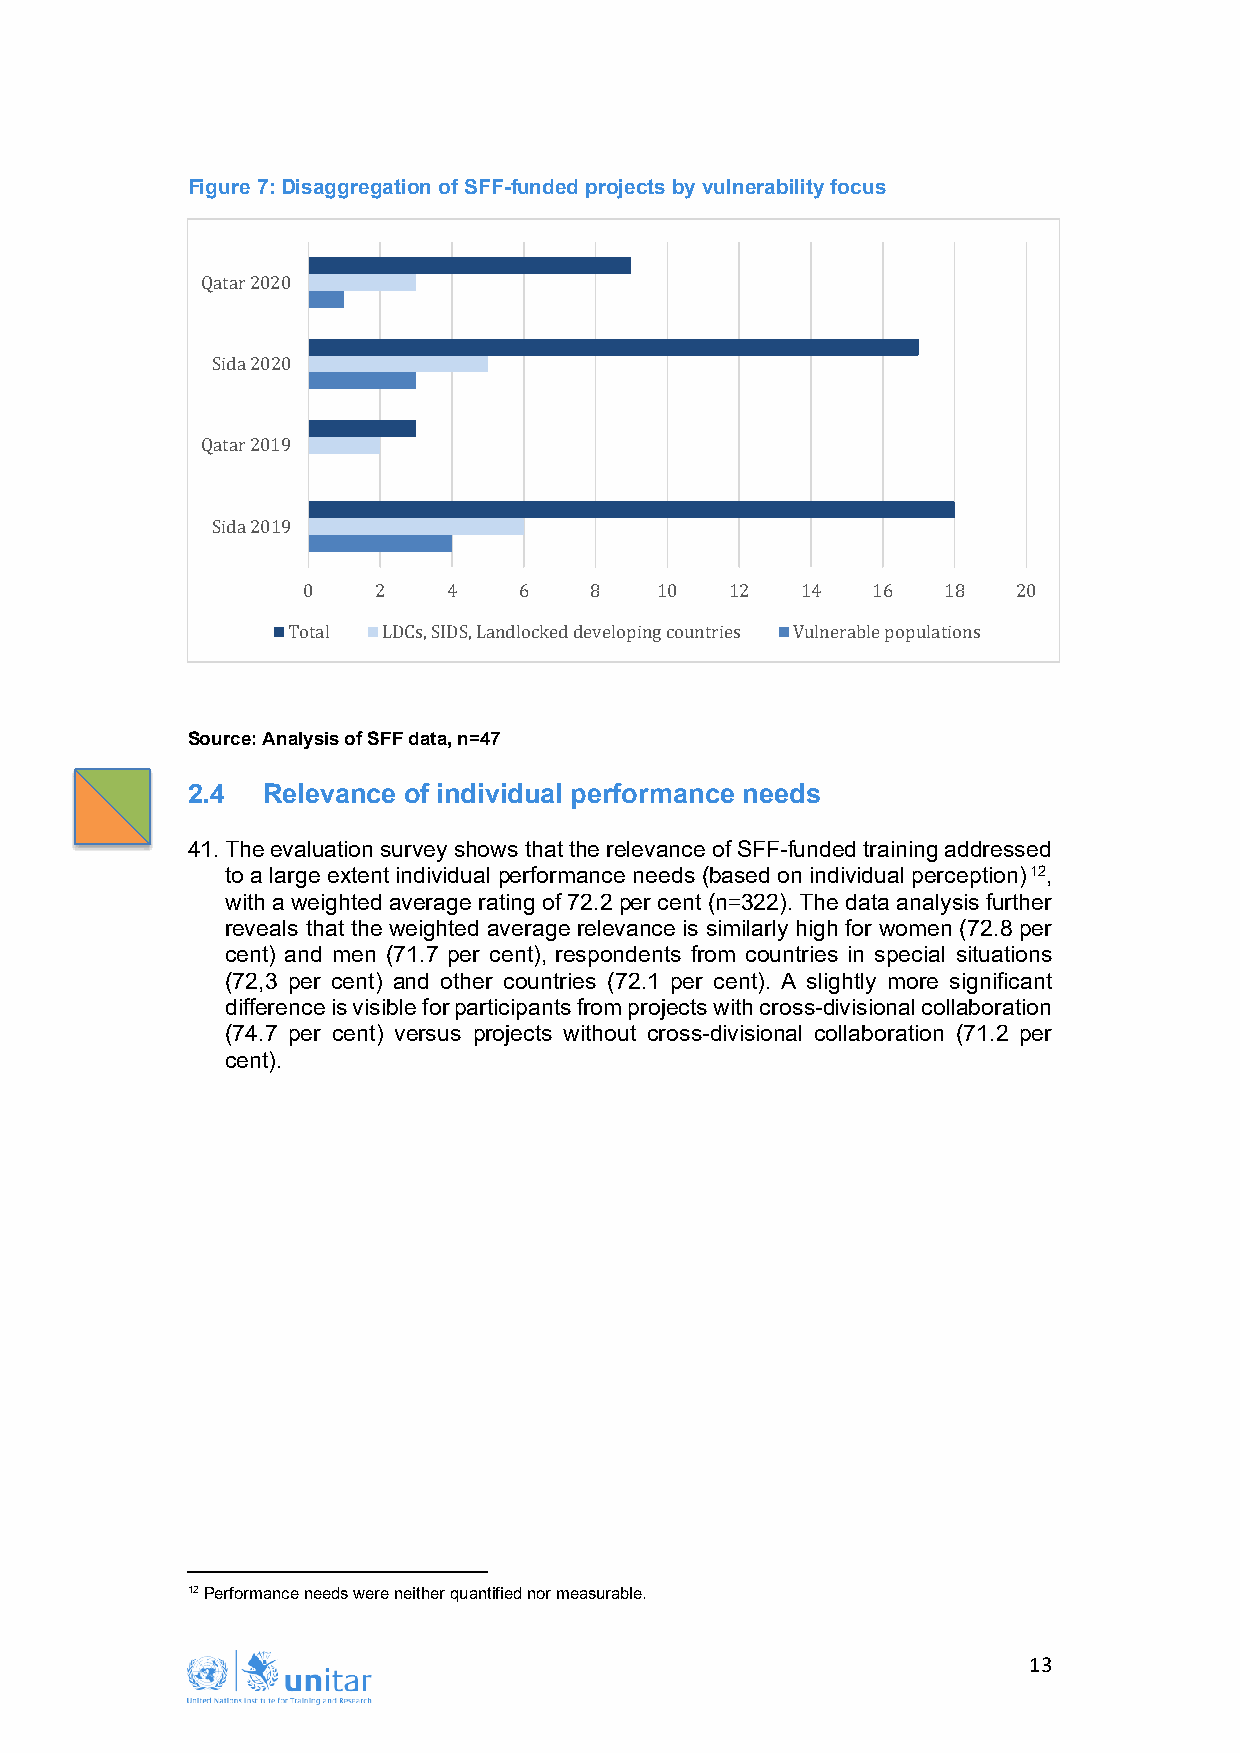
Figure 7: Disaggregation of SFF-funded projects by vulnerability focus
 Qatar 2020
 Sida 2020
 Qatar 2019
 Sida 2019
 0    2    4   6    8   10   12   14   16  18   20
 Total LDCs, SIDS, Landlocked developing countries Vulnerable populations
 Source: Analysis of SFF data, n=47
 2.4  Relevance of individual performance needs
 41. The evaluation survey shows that the relevance of SFF-funded training addressed
 to a large extent individual performance needs (based on individual perception)12,
 with a weighted average rating of 72.2 per cent (n=322). The data analysis further
 reveals that the weighted average relevance is similarly high for women (72.8 per
 cent) and men (71.7 per cent), respondents from countries in special situations
 (72,3 per cent) and other countries (72.1 per cent). A slightly more significant
 difference is visible for participants from projects with cross-divisional collaboration
 (74.7 per cent) versus projects without cross-divisional collaboration (71.2 per
 cent).
 12 Performance needs were neither quantified nor measurable.
 13